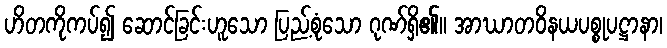
ဟိတကိုကပ်၍ ဆောင်ခြင်းဟူသော ပြည့်စုံသော ဂုဏ်ရှိ၏။ အာဃာတဝိနယပစ္စုပဋ္ဌာနာ၊